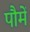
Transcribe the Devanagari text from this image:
पौमें